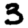
Digit: 3